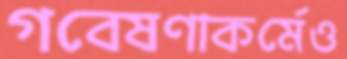
গবেষণাকর্মেও